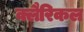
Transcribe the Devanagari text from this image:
क्लैरिकल